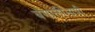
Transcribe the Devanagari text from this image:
बंगालीभाषी